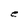
Character: C